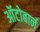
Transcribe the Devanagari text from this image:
ऑटोबार्न